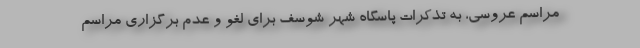
مراسم عروسی، به تذکرات پاسگاه شهر شوسف برای لغو و عدم برگزاری مراسم